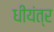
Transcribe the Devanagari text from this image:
धीयंत्र